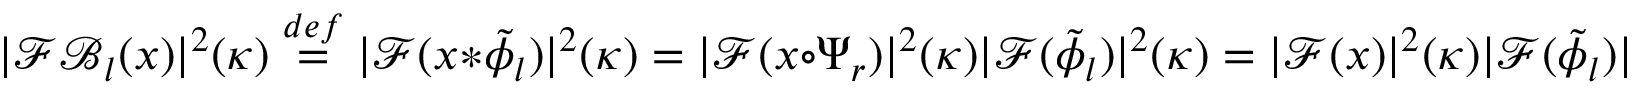
| \mathcal { F } \mathcal { B } _ { l } ( x ) | ^ { 2 } ( \kappa ) \overset { d e f } { = } | \mathcal { F } ( x * \tilde { \phi } _ { l } ) | ^ { 2 } ( \kappa ) = | \mathcal { F } ( x \circ \Psi _ { r } ) | ^ { 2 } ( \kappa ) | \mathcal { F } ( \tilde { \phi } _ { l } ) | ^ { 2 } ( \kappa ) = | \mathcal { F } ( x ) | ^ { 2 } ( \kappa ) | \mathcal { F } ( \tilde { \phi } _ { l } ) | ^ { 2 } ( \kappa ) ,